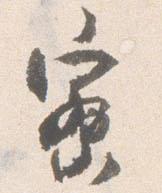
寮